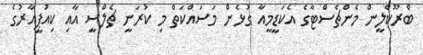
ބްރޫކްލީން މެންޗެސްޓާގެ އެކަޑީމީއާ ގުޅެން މަސައްކަތް މި ކުރަނީ ޗެލްސީ އާއި ކިއުޕީއާރުގެ